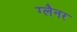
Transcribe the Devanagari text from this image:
ग्लैनर